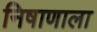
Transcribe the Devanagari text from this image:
निषाणाला